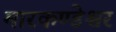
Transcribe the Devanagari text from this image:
मारकण्डेश्वर